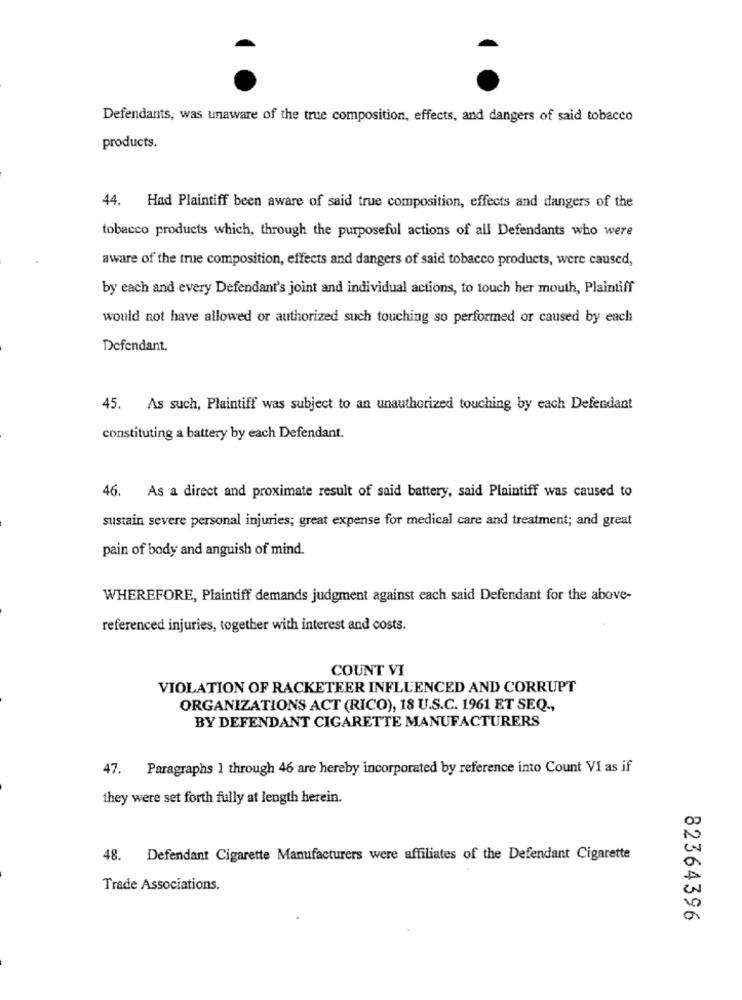
Defendants, was unaware of the true composition, effects, and dangers of said tobacco
products.
44. Had Plaintiff been aware of said true composition, effects and dangers of the
tobacco products which, through the purposeful actions of all Defendants who were
aware of the true composition, effects and dangers of said tobacco products, were caused,
by each and every Defendant's joint and individual actions, to touch her mouth, Plaintiff
would not have allowed or authorized such touching so performed or caused by each
Defendant.
45. As such, Plaintiff was subject to an unauthorized touching by each Defendant
constituting a battery by each Defendant.
46. As a direct and proximate result of said battery, said Plaintiff was caused to
sustain severe personal injuries; great expense for medical care and treatment; and great
pain of body and anguish of mind.
WHEREFORE, Plaintiff demands judgment against each said Defendant for the above-
referenced injuries, together with interest and costs.
COUNT VI
VIOLATION OF RACKETEER INFLUENCED AND CORRUPT
ORGANIZATIONS ACT (RICO), 18 U.S.C. 1961 ET SEQ .,
BY DEFENDANT CIGARETTE MANUFACTURERS
47. Paragraphs 1 through 46 are hereby incorporated by reference into Count VI as if
they were set forth fully at length herein.
48. Defendant Cigarette Manufacturers were affiliates of the Defendant Cigarette
Trade Associations.
82364396